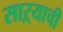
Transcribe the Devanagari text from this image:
साऱ्याची